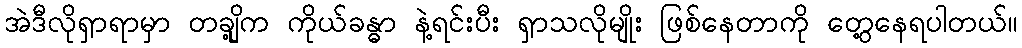
အဲဒီလိုရှာရာမှာ တချို့က ကိုယ်ခန္ဓာ နဲ့ရင်းပီး ရှာသလိုမျိုး ဖြစ်နေတာကို တွေ့နေရပါတယ်။